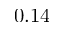
0 . 1 4